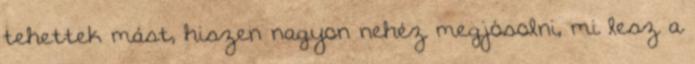
tehettek mást, hiszen nagyon nehéz megjósolni, mi lesz a